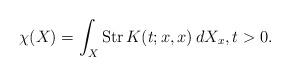
LaTeX: \begin{align*}\chi(X)=\int_X{\rm Str}\,K(t;x,x)\,dX_x, t>0.\end{align*}